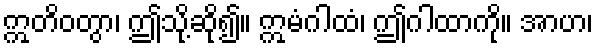
ဣတိဝတွာ၊ ဤသို့ဆို၍။ ဣမံဂါထံ၊ ဤဂါထာကို။ အာဟ၊